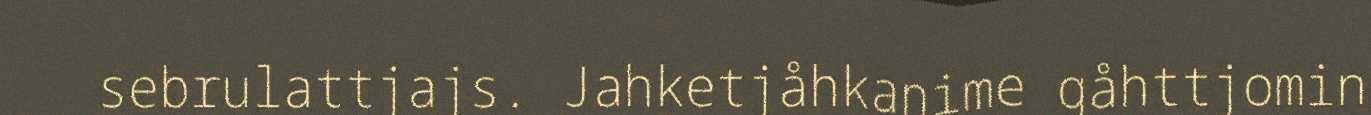
sebrulattjajs. Jahketjåhkanime gåhttjomin